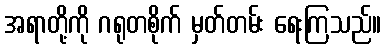
အရာတို့ကို ဂရုတစိုက် မှတ်တမ်း ရေးကြသည်။